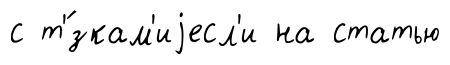
с т'́зкам'иjесл'и на статью